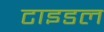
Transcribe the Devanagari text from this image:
टाइडल